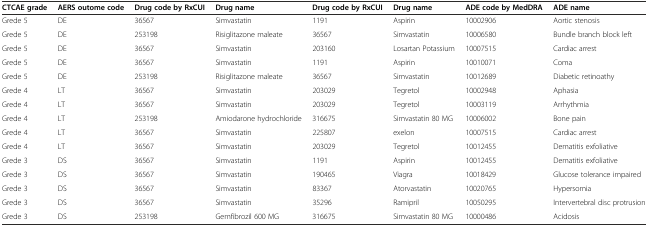
| CTCAE grade | AERS outome code | Drug code by RxCUI | Drug name | Drug code by RxCUI | Drug name | ADE code by MedDRA | ADE name |
 | --- | --- | --- | --- | --- | --- | --- | --- |
 | Grede 5 | DE | 36567 | Simvastatin | 1191 | Aspirin | 10002906 | Aortic stenosis |
 | Grede 5 | DE | 253198 | Risiglitazone maleate | 36567 | Simvastatin | 10006580 | Bundle branch block left |
 | Grede 5 | DE | 36567 | Simvastatin | 203160 | Losartan Potassium | 10007515 | Cardiac arrest |
 | Grede 5 | DE | 36567 | Simvastatin | 1191 | Aspirin | 10010071 | Coma |
 | Grede 5 | DE | 253198 | Risiglitazone maleate | 36567 | Simvastatin | 10012689 | Diabetic retinoathy |
 | Grede 4 | LT | 36567 | Simvastatin | 203029 | Tegretol | 10002948 | Aphasia |
 | Grede 4 | LT | 36567 | Simvastatin | 203029 | Tegretol | 10003119 | Arrhythmia |
 | Grede 4 | LT | 253198 | Amiodarone hydrochloride | 316675 | Simvastatin 80 MG | 10006002 | Bone pain |
 | Grede 4 | LT | 36567 | Simvastatin | 225807 | exelon | 10007515 | Cardiac arrest |
 | Grede 4 | LT | 36567 | Simvastatin | 203029 | Tegretol | 10012455 | Dematitis exfoliative |
 | Grede 3 | DS | 36567 | Simvastatin | 1191 | Aspirin | 10012455 | Dematitis exfoliative |
 | Grede 3 | DS | 36567 | Simvastatin | 190465 | Viagra | 10018429 | Glucose tolerance impaired |
 | Grede 3 | DS | 36567 | Simvastatin | 83367 | Atorvastatin | 10020765 | Hypersomia |
 | Grede 3 | DS | 36567 | Simvastatin | 35296 | Ramipril | 10050295 | Intervertebral disc protrusion |
 | Grede 3 | DS | 253198 | Gemfibrozil 600 MG | 316675 | Simvastatin 80 MG | 10000486 | Acidosis |